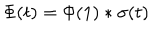
LaTeX: \Phi ( t ) = \Phi ( 1 ) * \sigma ( t )